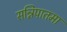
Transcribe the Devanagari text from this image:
सन्निपातमा